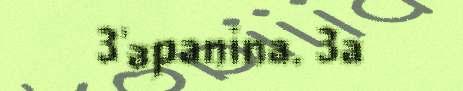
3'apanina. 3a